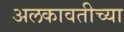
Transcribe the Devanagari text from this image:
अलकावतीच्या